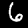
Digit: 6